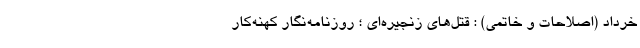
خرداد (اصلاحات و خاتمی) : قتل‌های زنجیره‌ای ؛ روزنامه‌نگار کهنه‌کار